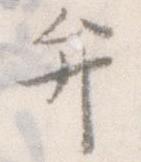
弁